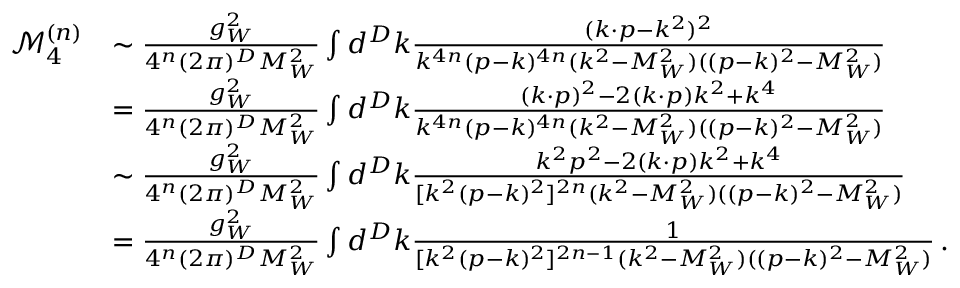
\begin{array} { r l } { \mathcal { M } _ { 4 } ^ { ( n ) } } & { \sim \frac { g _ { W } ^ { 2 } } { 4 ^ { n } ( 2 \pi ) ^ { D } M _ { W } ^ { 2 } } \int d ^ { D } k \frac { ( k \cdot p - k ^ { 2 } ) ^ { 2 } } { k ^ { 4 n } ( p - k ) ^ { 4 n } ( k ^ { 2 } - M _ { W } ^ { 2 } ) ( ( p - k ) ^ { 2 } - M _ { W } ^ { 2 } ) } } \\ & { = \frac { g _ { W } ^ { 2 } } { 4 ^ { n } ( 2 \pi ) ^ { D } M _ { W } ^ { 2 } } \int d ^ { D } k \frac { ( k \cdot p ) ^ { 2 } - 2 ( k \cdot p ) k ^ { 2 } + k ^ { 4 } } { k ^ { 4 n } ( p - k ) ^ { 4 n } ( k ^ { 2 } - M _ { W } ^ { 2 } ) ( ( p - k ) ^ { 2 } - M _ { W } ^ { 2 } ) } } \\ & { \sim \frac { g _ { W } ^ { 2 } } { 4 ^ { n } ( 2 \pi ) ^ { D } M _ { W } ^ { 2 } } \int d ^ { D } k \frac { k ^ { 2 } p ^ { 2 } - 2 ( k \cdot p ) k ^ { 2 } + k ^ { 4 } } { [ k ^ { 2 } ( p - k ) ^ { 2 } ] ^ { 2 n } ( k ^ { 2 } - M _ { W } ^ { 2 } ) ( ( p - k ) ^ { 2 } - M _ { W } ^ { 2 } ) } } \\ & { = \frac { g _ { W } ^ { 2 } } { 4 ^ { n } ( 2 \pi ) ^ { D } M _ { W } ^ { 2 } } \int d ^ { D } k \frac { 1 } { [ k ^ { 2 } ( p - k ) ^ { 2 } ] ^ { 2 n - 1 } ( k ^ { 2 } - M _ { W } ^ { 2 } ) ( ( p - k ) ^ { 2 } - M _ { W } ^ { 2 } ) } \, . } \end{array}